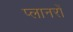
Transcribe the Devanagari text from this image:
प्लानरों